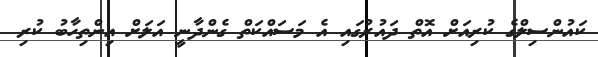
ކައުންސިލްގެ ކުރިއަށް އޮތް ދައުރުގައި އެ މަސައްކަތް ގެންދާނީ އަލަށް އިންތިހާބު ކުރި